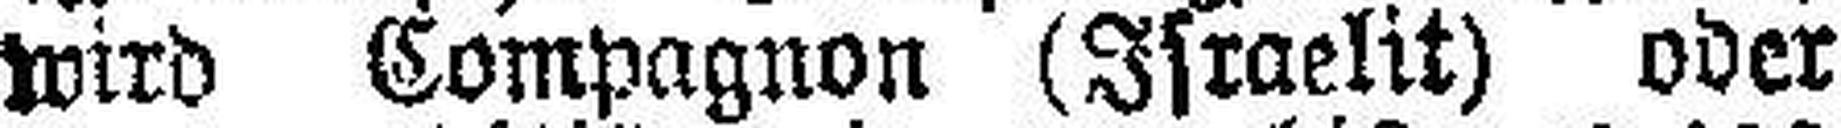
wird Compagnon (Israelit) oder